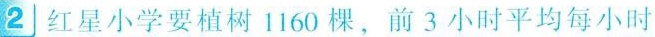
2红星小学要植树1160棵，前3小时平均每小时